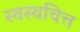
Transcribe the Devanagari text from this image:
स्वस्थचित्त